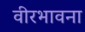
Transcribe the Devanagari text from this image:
वीरभावना